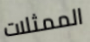
الممثلات